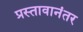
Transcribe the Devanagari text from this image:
प्रस्तावानंतर